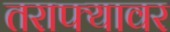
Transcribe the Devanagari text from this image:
तराफ्यावर